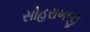
સોહરાબજી